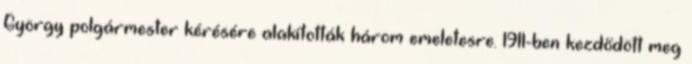
György polgármester kérésére alakították három emeletesre. 1911-ben kezdődött meg